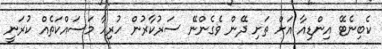
ކެބިނެޓޭ އިންޑިއާ އަށް ތަށި ދޭން ވެެގެންނޭ ސަރުކާރުން ހުރިހާ މަސައްކަތެއް ކުރަނީ